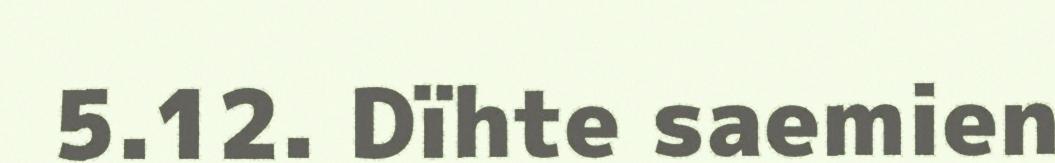
5.12. Dïhte saemien